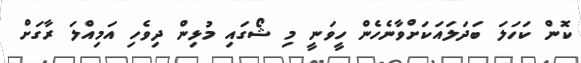
ކޮން ކަހަލަ ބަދަލައަކަށްވާނެހެން ހީވަނީ މި ޝޯގައި މުޅިން ދިވެހި އަމިއްލަ ރާގަށް